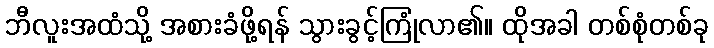
ဘီလူးအထံသို့ အစားခံဖို့ရန် သွားခွင့်ကြုံလာ၏။ ထိုအခါ တစ်စုံတစ်ခု